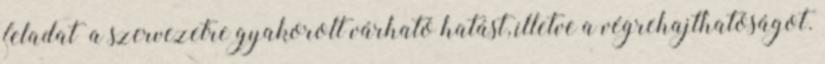
feladat a szervezetre gyakorolt várható hatást, illetve a végrehajthatóságot.